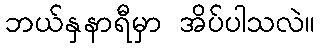
ဘယ်နှနာရီမှာ အိပ်ပါသလဲ။